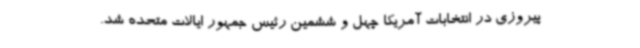
پیروزی در انتخابات آمریکا چهل و ششمین رئیس جمهور ایالات متحده شد.